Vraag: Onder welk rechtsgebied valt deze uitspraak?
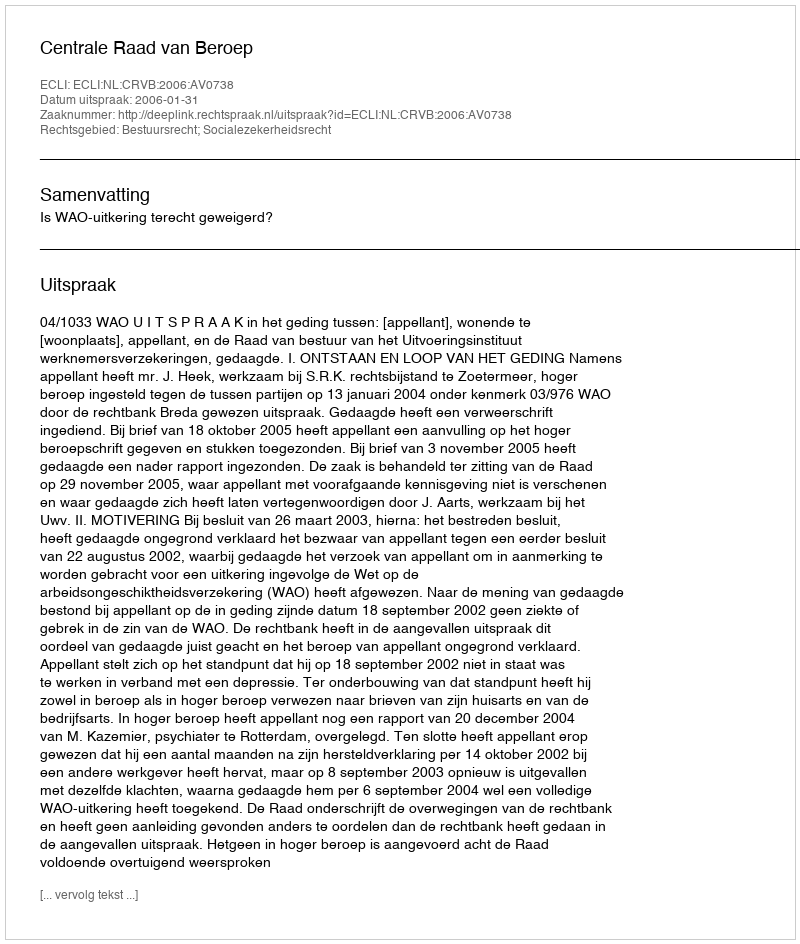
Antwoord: Bestuursrecht; Socialezekerheidsrecht